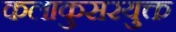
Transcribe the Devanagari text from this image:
कलाकुसरयुक्त